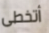
أتخطى